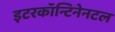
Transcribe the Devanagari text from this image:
इटरकॉन्टिनेनटल